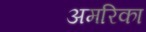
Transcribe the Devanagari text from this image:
अमरिका